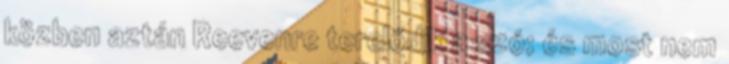
közben aztán Reevenre terelődik a szó; és most nem